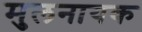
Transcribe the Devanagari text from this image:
मुलनायक